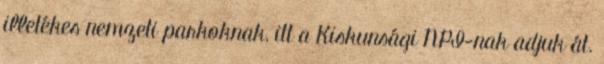
illetékes nemzeti parkoknak, itt a Kiskunsági NPI-nak adjuk át.